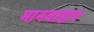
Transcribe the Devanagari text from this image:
मानवाहार